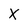
Character: X